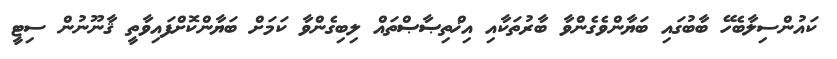
ކައުންސިލާބެހޭ ބާބުގައި ބަޔާންވެގެންވާ ބާރުތަކާއި އިޚްތިޞާޞްތައް ލިބިގެންވާ ކަމަށް ބަޔާންކޮށްފައިވާތީ ޤާނޫނުން ސިޓީ